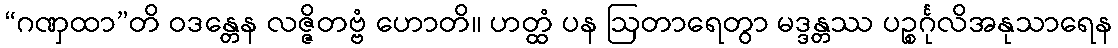
“ဂဏှထာ”တိ ဝဒန္တေန လဇ္ဇိတဗ္ဗံ ဟောတိ။ ဟတ္ထံ ပန ဩတာရေတွာ မဒ္ဒန္တဿ ပဉ္စင်္ဂုလိအနုသာရေန